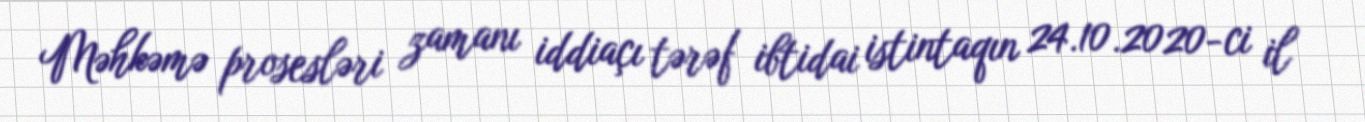
Məhkəmə prosesləri zamanı iddiaçı tərəf ibtidai istintaqın 24.10.2020-ci il